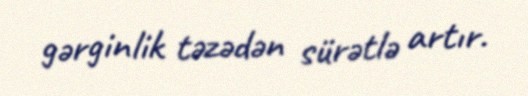
gərginlik təzədən sürətlə artır.